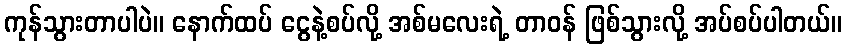
ကုန်သွားတာပါပဲ။ နောက်ထပ် ငွေနဲ့စပ်လို့ အစ်မလေးရဲ့ တာဝန် ဖြစ်သွားလို့ အပ်စပ်ပါတယ်။